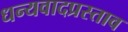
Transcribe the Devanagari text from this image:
धन्यवादप्रस्ताव